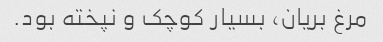
مرغ بریان، بسیار کوچک و نپخته بود.